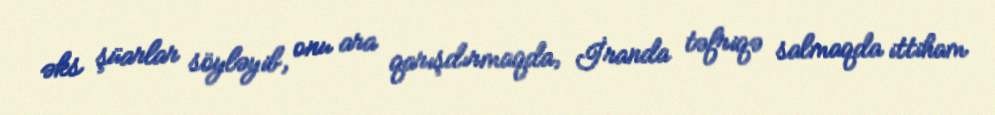
əks şüarlar söyləyib, onu ara qarışdırmaqda, İranda təfriqə salmaqda ittiham